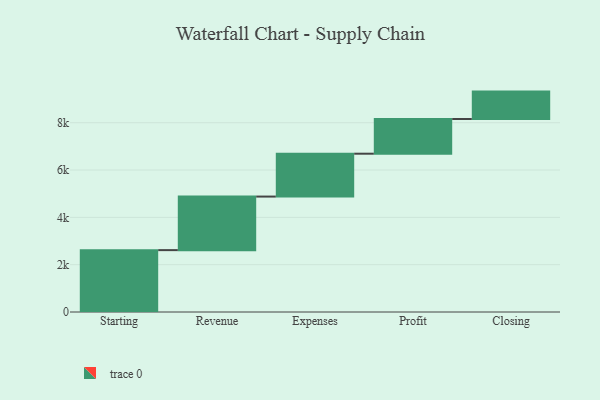
{"axis": {"x": "Step", "y": "Value"}, "legend": [""], "data": [{"x": "Starting", "y": 2615.0, "type": ""}, {"x": "Revenue", "y": 2264.0, "type": ""}, {"x": "Expenses", "y": 1812.0, "type": ""}, {"x": "Profit", "y": 1466.0, "type": ""}, {"x": "Closing", "y": 1159.0, "type": ""}]}